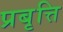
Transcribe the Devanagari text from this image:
प्रबृत्ति